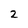
Character: 2